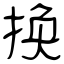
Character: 换